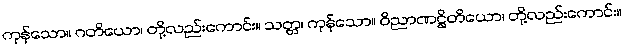
ကုန်သော။ ဂတိယော၊ တို့လည်းကောင်း။ သတ္တ၊ ကုန်သော။ ဝိညာဏဋ္ဌိတိယော၊ တို့လည်းကောင်း။